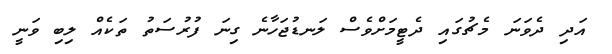
އަދި ދެވަނަ މެޗުގައި ދެޓީމަށްވެސް ލަނޑުޖަހާނެ ގިނަ ފުރުސަތު ތަކެއް ލިބި ވަނީ